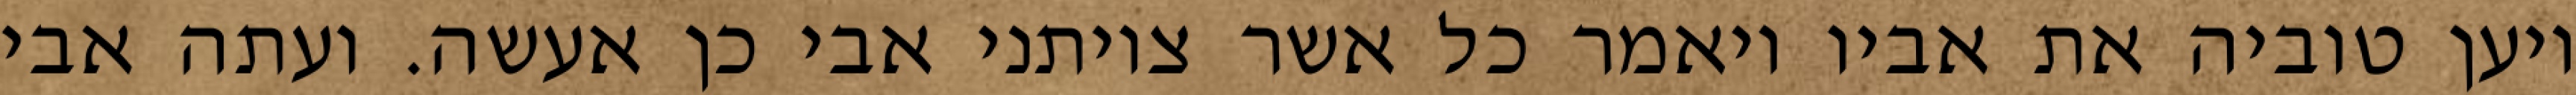
ויען טוביה את אביו ויאמר כל אשר צויתני אבי כן אעשה. ועתה אבי